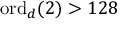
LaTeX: \mathrm { o r d } _ { d } ( 2 ) > 1 2 8